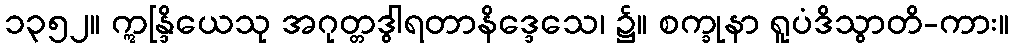
၁၃၅၂။ ဣန္ဒြိယေသု အဂုတ္တဒွါရတာနိဒ္ဒေသေ၊ ၌။ စက္ခုနာ ရူပံဒိသွာတိ-ကား။